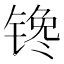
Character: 𰾠